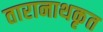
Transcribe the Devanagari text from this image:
तारानाथकृत